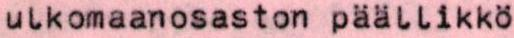
ulkomaanosaston päällikkö